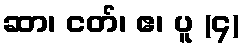
ဆာ၊ ငတ်၊ ဧ၊ ပူ (၄)